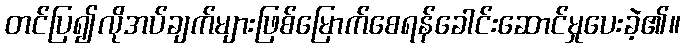
တင်ပြ၍လိုအပ်ချက်များဖြစ်မြောက်စေရန်ခေါင်းဆောင်မှုပေးခဲ့၏။